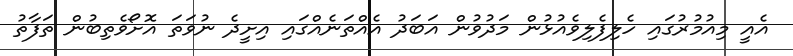
އެއީ މިއުމުރުގައި ހެލިފެލިވެއުޅުން މަދުވުން އަބަދު އެއްތަނެއްގައި އިށީދެ ނުވަތަ އޮށޯވެތިބުން ތަފާތު